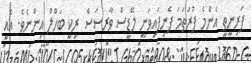
ޕަރިނީތީ އެންމެ ފުރަތަމަ ފެނިފައިވަނީ ލޭޑީސް ވާރސަސް ރިކީ ބަހްލް އިންނެވެ. އެއީ